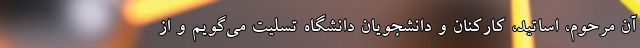
آن مرحوم، اساتید، کارکنان و دانشجویان دانشگاه تسلیت می‌گویم و از